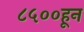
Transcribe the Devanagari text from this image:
८५००हून